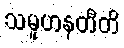
သမူဟနတီတိ